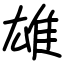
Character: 雄